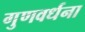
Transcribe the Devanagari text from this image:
गुणवर्धना